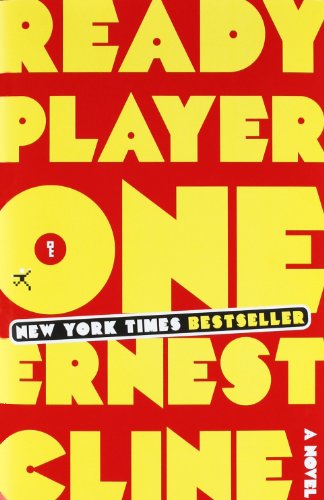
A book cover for Ready Player One; Ernest Cline; Science Fiction & Fantasy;